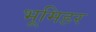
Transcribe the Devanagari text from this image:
भूमिहर